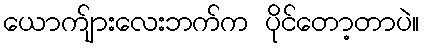
ယောက်ျားလေးဘက်က ပိုင်တော့တာပဲ။